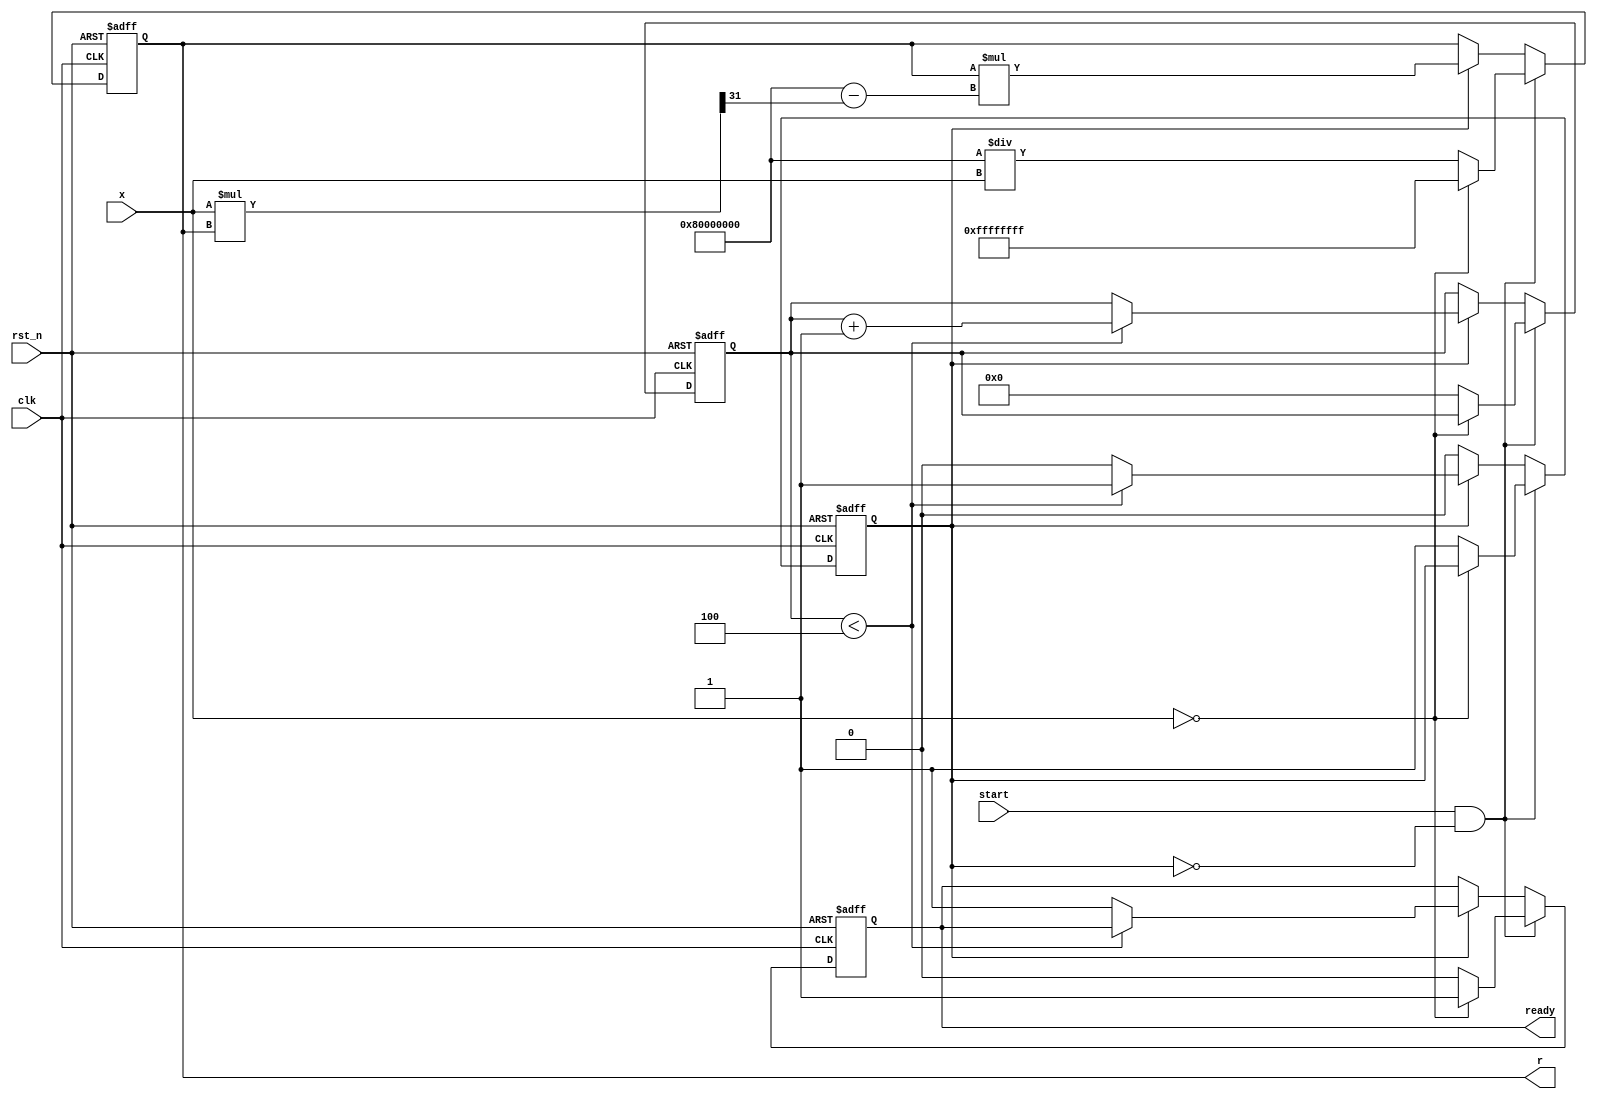
module ReciprocalUnit (
    input wire clk,
    input wire rst_n,
    input wire start,
    input wire [31:0] x,  // input value (32-bit fixed-point or floating-point)
    output reg [31:0] r,   // reciprocal output
    output reg ready       // output valid signal
);

    reg [31:0] r_next; // next iteration result
    reg [4:0] count; // iteration counter
    reg busy; // operation flag

    parameter MAX_ITERATIONS = 5; // number of iterations for Newton-Raphson

    always @(posedge clk or negedge rst_n) begin
        if (!rst_n) begin
            r <= 32'b0;
            ready <= 1'b0;
            count <= 5'b0;
            busy <= 1'b0;
        end else if (start && !busy) begin
            if (x == 32'b0) begin // Handle division by zero
                r <= 32'hFFFFFFFF; // or some predefined error signal
                ready <= 1'b1;
            end else begin
                // Initial guess: r0 = 1 / x (fixed point representation)
                r <= (32'h80000000 / x); // starting with 1/x, assuming x is in a suitable range
                count <= 5'b0; // reset iteration counter
                busy <= 1'b1;
                ready <= 1'b0;
            end
        end else if (busy) begin
            // Newton-Raphson iteration
            r_next = r * (32'h80000000 - (x * r >> 31)); // r(n+1) = r(n) * (2 - x * r(n))
            r <= r_next;

            if (count < MAX_ITERATIONS - 1) begin
                count <= count + 1;
            end else begin
                busy <= 1'b0; // mark busy as false when done
                ready <= 1'b1; // result is ready
            end
        end
    end
endmodule